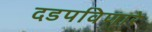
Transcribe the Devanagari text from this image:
दडपविणारे